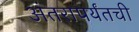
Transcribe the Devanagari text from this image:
अंतरापर्यंतची